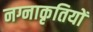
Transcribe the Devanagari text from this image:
नग्नाकृतियों